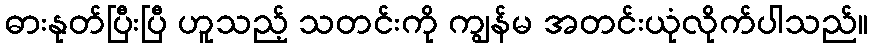
ဓားနုတ်ပြီးပြီ ဟူသည့် သတင်းကို ကျွန်မ အတင်းယုံလိုက်ပါသည်။